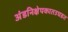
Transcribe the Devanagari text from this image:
अंडनिक्षेपकातउघडत